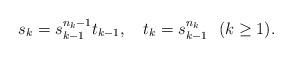
LaTeX: \begin{align*}s_{k} = s_{k-1}^{n_{k}-1} t_{k-1}, \ \ \ t_{k} = s_{k-1}^{n_{k}} \ \ (k\ge 1).\end{align*}